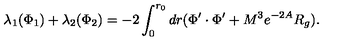
\lambda _ { 1 } ( \Phi _ { 1 } ) + \lambda _ { 2 } ( \Phi _ { 2 } ) = - 2 \int _ { 0 } ^ { r _ { 0 } } d r ( \Phi ^ { \prime } \cdot \Phi ^ { \prime } + M ^ { 3 } e ^ { - 2 A } R _ { g } ) .